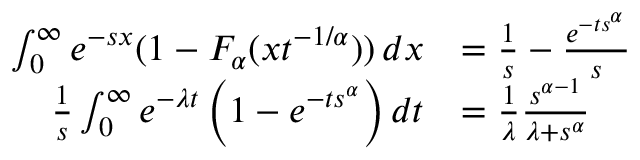
\begin{array} { r l } { \int _ { 0 } ^ { \infty } e ^ { - s x } ( 1 - F _ { \alpha } ( x t ^ { - 1 / \alpha } ) ) \, d x } & { = \frac { 1 } { s } - \frac { e ^ { - t s ^ { \alpha } } } { s } } \\ { \frac { 1 } { s } \int _ { 0 } ^ { \infty } e ^ { - \lambda t } \left( 1 - e ^ { - t s ^ { \alpha } } \right) d t } & { = \frac { 1 } { \lambda } \frac { s ^ { \alpha - 1 } } { \lambda + s ^ { \alpha } } } \end{array}